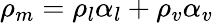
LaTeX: \rho_{m}=\rho_{l}\alpha_{l}+\rho_{v}\alpha_{v}